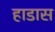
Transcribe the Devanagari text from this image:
हाडास